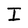
Character: I